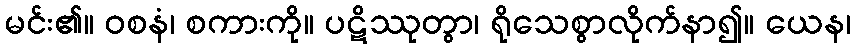
မင်း၏။ ဝစနံ၊ စကားကို။ ပဋိဿုတွာ၊ ရိုသေစွာလိုက်နာ၍။ ယေန၊